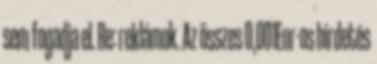
sem fogadja el. Re: reklámok. Az összes 0,001Eur-os hirdetés